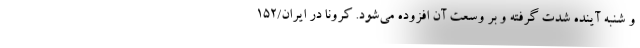
و شنبه آینده شدت گرفته و بر وسعت آن افزوده می‌شود. کرونا در ایران/۱۵۲